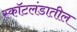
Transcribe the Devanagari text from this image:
स्कॉटलंडातील